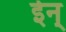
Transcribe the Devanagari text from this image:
ईन्